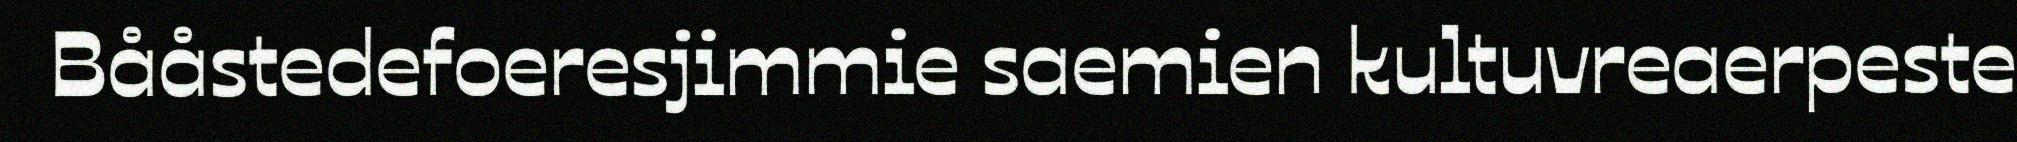
Bååstedefoeresjimmie saemien kultuvreaerpeste